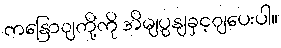
ကနြောျတို့ကို အိမျပွနျခှင့ျပေးပါ။